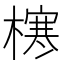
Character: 𪳶